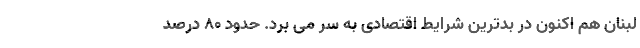
لبنان هم اکنون در بدترین شرایط اقتصادی به سر می برد. حدود 80 درصد